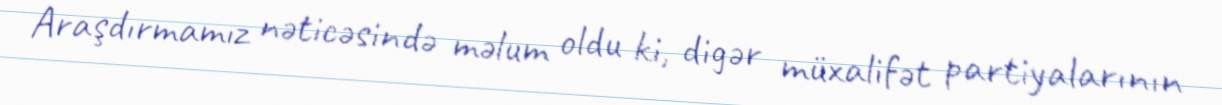
Araşdırmamız nəticəsində məlum oldu ki, digər müxalifət partiyalarının